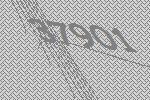
37901